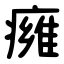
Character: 㿈